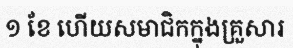
១ ខែ ហើយសមាជិកក្នុងគ្រួសារ